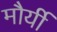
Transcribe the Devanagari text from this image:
मौर्यी